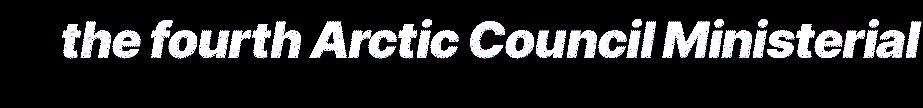
the fourth Arctic Council Ministerial